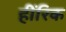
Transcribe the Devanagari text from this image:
हींरिक